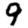
Digit: 9